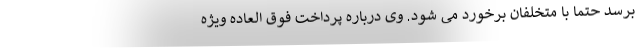
برسد حتما با متخلفان برخورد می شود. وی درباره پرداخت فوق العاده ویژه